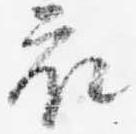
衣